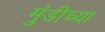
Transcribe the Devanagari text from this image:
मुंडीच्या